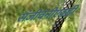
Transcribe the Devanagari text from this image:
संजीवनीएवढी